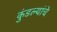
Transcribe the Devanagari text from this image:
कुंडल्यांचे